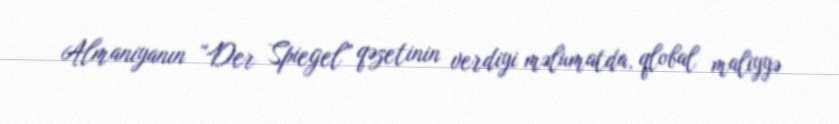
Almaniyanın “Der Spiegel” qəzetinin verdiyi məlumatda, qlobal maliyyə